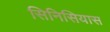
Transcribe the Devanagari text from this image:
सिनिसियास